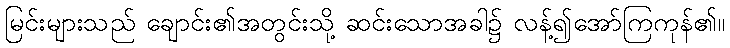
မြင်းများသည် ချောင်း၏အတွင်းသို့ ဆင်းသောအခါ၌ လန့်၍အော်ကြကုန်၏။